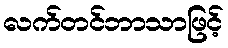
လက်တင်ဘာသာဖြင့်